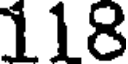
118